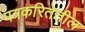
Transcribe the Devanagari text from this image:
पत्रकरितेतील